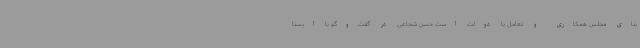
بنای مجلس همکاری و تعامل با دولت است حسن شجاعی در گفت‌وگو با ایسنا